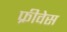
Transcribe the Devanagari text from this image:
फ्रीवेस